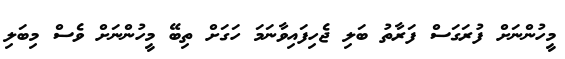
މީހުންނަށް ފުރަގަސް ފަރާތު ބަލި ޖެހިފައިވާނަމަ ހަގަށް ތިބޭ މީހުންނަށް ވެސް މިބަލި